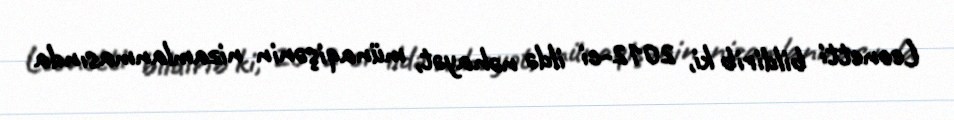
Leonetti bildirib ki, 2012-ci ildə nəhayət, münaqişənin nizamlanmasında